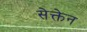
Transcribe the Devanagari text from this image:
सेक्तेन